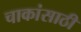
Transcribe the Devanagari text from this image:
चाकांसाठी